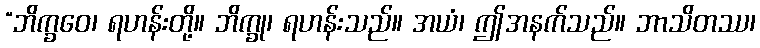
“ဘိက္ခဝေ၊ ရဟန်းတို့။ ဘိက္ခု၊ ရဟန်းသည်။ အယံ၊ ဤအနက်သည်။ ဘာသိတဿ၊